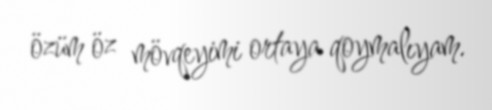
özüm öz mövqeyimi ortaya qoymalıyam.